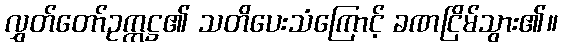
လွှတ်တော်ဥက္ကဋ္ဌ၏ သတိပေးသံကြောင့် ခဏငြိမ်သွား၏။